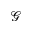
\mathcal { G }